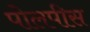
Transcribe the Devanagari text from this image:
पोलपीस